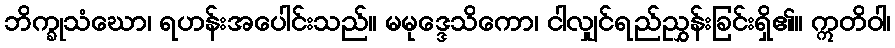
ဘိက္ခုသံဃော၊ ရဟန်းအပေါင်းသည်။ မမုဒ္ဒေသိကော၊ ငါလျှင်ရည်ညွှန်းခြင်းရှိ၏။ ဣတိဝါ၊